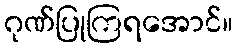
ဂုဏ်ပြုကြရအောင်။